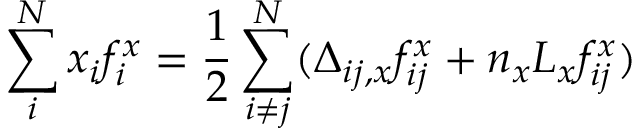
\sum _ { i } ^ { N } x _ { i } f _ { i } ^ { x } = \frac { 1 } { 2 } \sum _ { i \ne j } ^ { N } ( \Delta _ { i j , x } f _ { i j } ^ { x } + n _ { x } L _ { x } f _ { i j } ^ { x } )